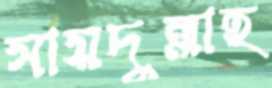
সায়দুল্লাহ